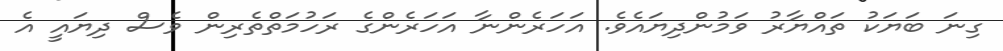
ގިނަ ބަޔަކު ތައްޔާރު ވަމުންދިޔައެވެ. އަހަރެންނާ އަހަރެންގެ ރަހުމަތްތެރިން ވެސް ދިޔައީ އެ